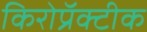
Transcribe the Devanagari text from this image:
किरोप्रॅक्टीक